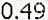
0.49